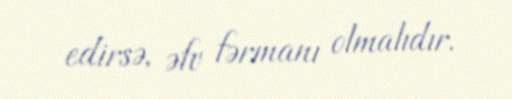
edirsə, əfv fərmanı olmalıdır.